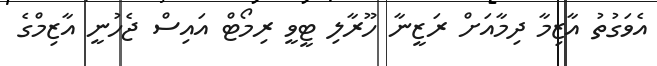
އެވަގުތު އާޒިމާ ދިމާއަށް ރަޒީނާ ހޫރާލި ޓީވީ ރިމޯޓް އައިސް ޖެހުނީ އާޒިމްގެ